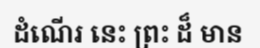
ដំណើរ នេះ ព្រះ ដ៏ មាន